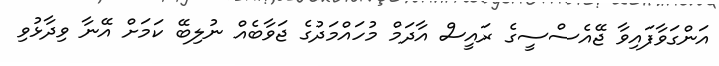
އަންގަވާފައިވާ ޖޭއެސްސީގެ ރައީސް އާދަމް މުހައްމަދުގެ ޖަވާބެއް ނުލިބޭ ކަމަށް އޭނާ ވިދާޅުވި